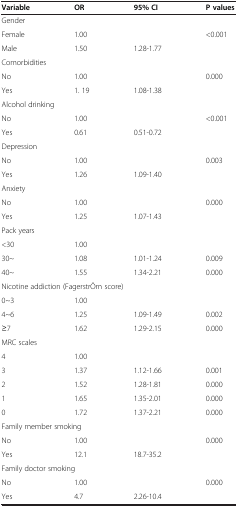
<table><thead><tr><td><b>Variable</b></td><td><b>OR</b></td><td><b>95% CI</b></td><td><b>P values</b></td></tr></thead><tbody><tr><td colspan="4">Gender</td></tr><tr><td>Female</td><td>1.00</td><td> </td><td rowspan="2">&lt;0.001</td></tr><tr><td>Male</td><td>1.50</td><td>1.28-1.77</td></tr><tr><td colspan="4">Comorbidities</td></tr><tr><td>No</td><td>1.00</td><td> </td><td rowspan="2">0.000</td></tr><tr><td>Yes</td><td>1. 19</td><td>1.08-1.38</td></tr><tr><td colspan="4">Alcohol drinking</td></tr><tr><td>No</td><td>1.00</td><td> </td><td rowspan="2">&lt;0.001</td></tr><tr><td>Yes</td><td>0.61</td><td>0.51-0.72</td></tr><tr><td colspan="4">Depression</td></tr><tr><td>No</td><td>1.00</td><td> </td><td rowspan="2">0.003</td></tr><tr><td>Yes</td><td>1.26</td><td>1.09-1.40</td></tr><tr><td colspan="4">Anxiety</td></tr><tr><td>No</td><td>1.00</td><td> </td><td rowspan="2">0.000</td></tr><tr><td>Yes</td><td>1.25</td><td>1.07-1.43</td></tr><tr><td colspan="4">Pack years</td></tr><tr><td>&lt;30</td><td>1.00</td><td> </td><td> </td></tr><tr><td>30~</td><td>1.08</td><td>1.01-1.24</td><td>0.009</td></tr><tr><td>40~</td><td>1.55</td><td>1.34-2.21</td><td>0.000</td></tr><tr><td colspan="4">Nicotine addiction (FagerstrÖm score)</td></tr><tr><td>0~3</td><td>1.00</td><td> </td><td> </td></tr><tr><td>4~6</td><td>1.25</td><td>1.09-1.49</td><td>0.002</td></tr><tr><td>≥7</td><td>1.62</td><td>1.29-2.15</td><td>0.000</td></tr><tr><td colspan="4">MRC scales</td></tr><tr><td>4</td><td>1.00</td><td> </td><td> </td></tr><tr><td>3</td><td>1.37</td><td>1.12-1.66</td><td>0.001</td></tr><tr><td>2</td><td>1.52</td><td>1.28-1.81</td><td>0.000</td></tr><tr><td>1</td><td>1.65</td><td>1.35-2.01</td><td>0.000</td></tr><tr><td>0</td><td>1.72</td><td>1.37-2.21</td><td>0.000</td></tr><tr><td colspan="4">Family member smoking</td></tr><tr><td>No</td><td>1.00</td><td> </td><td rowspan="2">0.000</td></tr><tr><td>Yes</td><td>12.1</td><td>18.7-35.2</td></tr><tr><td colspan="4">Family doctor smoking</td></tr><tr><td>No</td><td>1.00</td><td> </td><td rowspan="2">0.000</td></tr><tr><td>Yes</td><td>4.7</td><td>2.26-10.4</td></tr></tbody></table>